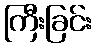
ကြီးခြင်း